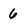
Character: 6